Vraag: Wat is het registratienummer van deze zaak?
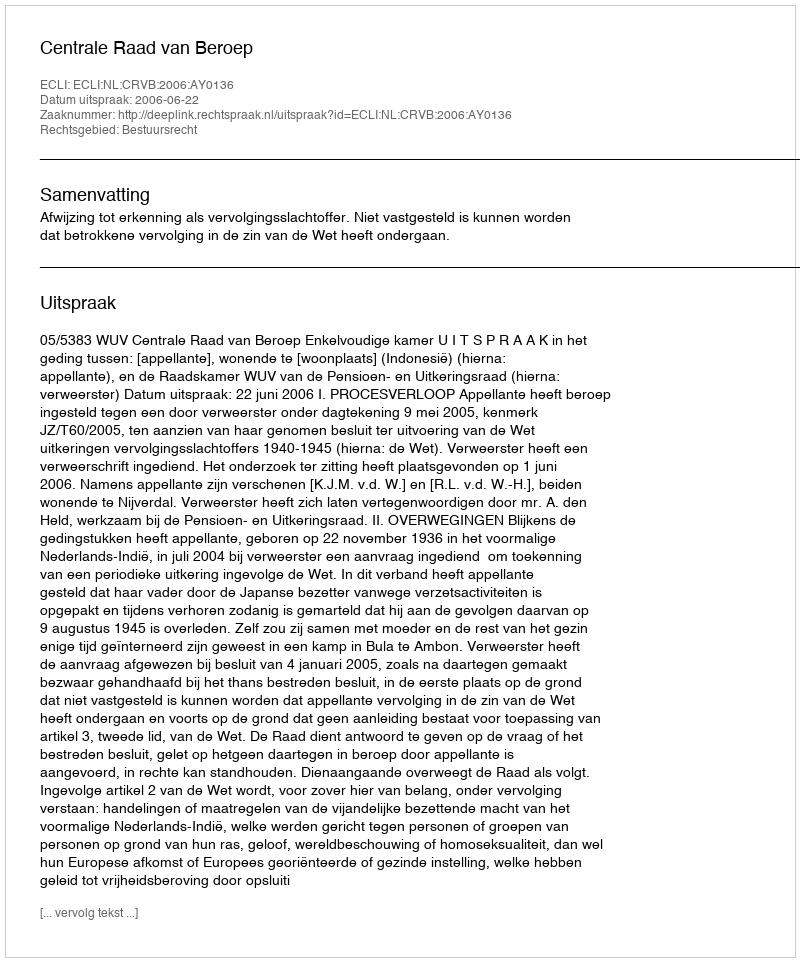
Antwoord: http://deeplink.rechtspraak.nl/uitspraak?id=ECLI:NL:CRVB:2006:AY0136